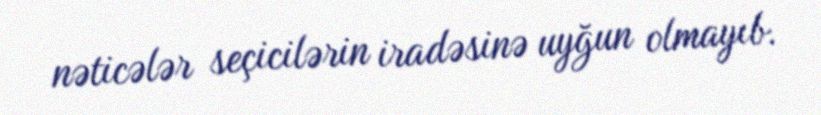
nəticələr seçicilərin iradəsinə uyğun olmayıb.